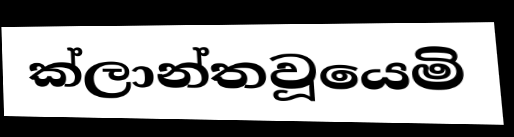
ක්ලාන්තවූයෙමි